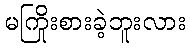
မကြိုးစားခဲ့ဘူးလား